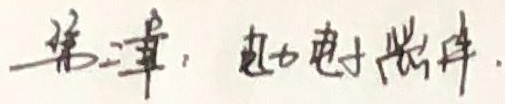
第二章，电力电子器件.